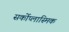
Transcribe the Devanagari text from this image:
सर्कोप्लास्मिक